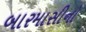
બારમાસીનો